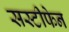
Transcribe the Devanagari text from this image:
सस्टीफेन